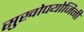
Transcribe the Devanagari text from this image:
सुखोपयोजिनी